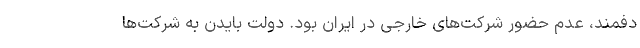
دفمند، عدم حضور شرکت‌های خارجی در ایران بود. دولت بایدن به شرکت‌ها